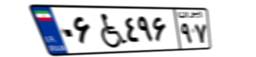
۶۴W۹۴۴۸۲